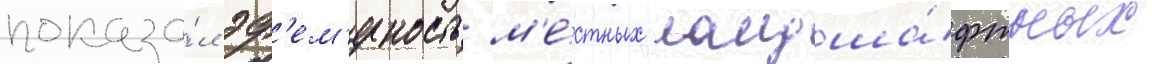
показа́л эф'ем'ерность м'е́стных ландша́фтных